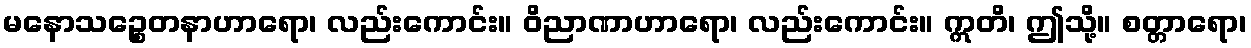
မနောသဉ္စေတနာဟာရော၊ လည်းကောင်း။ ဝိညာဏာဟာရော၊ လည်းကောင်း။ ဣတိ၊ ဤသို့။ စတ္တာရော၊